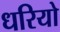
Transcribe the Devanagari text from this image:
धरियो